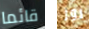
قائما روز